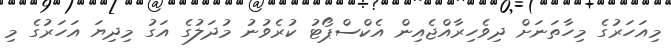
މިއަހަރުގެ މިހާތަނަށް ދިވެހިރާއްޖެއިން އެކްސްޕޯޓު ކުރެވުނު މުދަލުގެ އަގު މިދިޔަ އަހަރުގެ މި